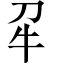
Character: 𭷔